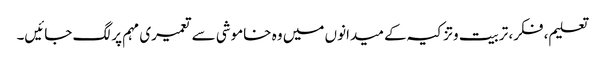
تعلیم، فکر، تربیت وتزکیہ کے میدانوں میں وہ خاموشی سے تعمیری مہم پر لگ جائیں۔